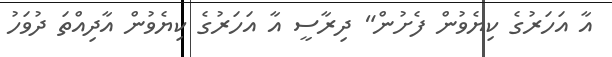
އާ އަހަރުގެ ކިޔެވުން ފެށުން" ދިރާސީ އާ އަހަރުގެ ކިޔެވުން އާދިއްތަ ދުވަހު